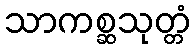
သာကစ္ဆသုတ္တံ